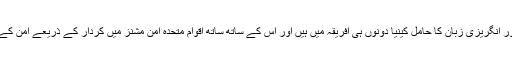
فرانسیسی زبان بولنے والا ملک جمہوریہ جبوتی اور انگریزی زبان کا حامل کینیا دونوں ہی افریقہ میں ہیں اور اس کے ساتھ ساتھ اقوام متحدہ امن مشنز میں کردار کے ذریعے امن کے حصول میں اپنے کردار کی نشاندہی کررہے ہیں۔